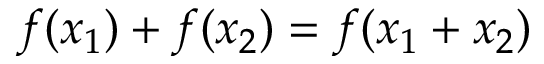
f ( x _ { 1 } ) + f ( x _ { 2 } ) = f ( x _ { 1 } + x _ { 2 } )